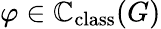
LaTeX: \varphi\in\mathbb{C}_{\mathrm{class}}(G)